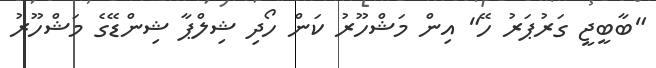
"ބާބީޖީ ގަރުޕަރު ހޭ" އިން މަޝްހޫރު ކަން ހޯދި ޝިލްޕާ ޝިންޑޭގެ މަޝްހޫރު